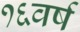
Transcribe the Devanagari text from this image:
१६वर्ष